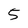
Character: 5